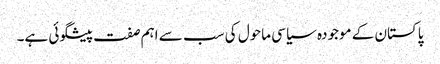
پاکستان کے موجودہ سیاسی ماحول کی سب سے اہم صفت پیشگوئی ہے۔